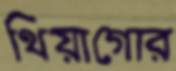
থিয়াগোর